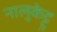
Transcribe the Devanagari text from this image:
नालुकेट्टु